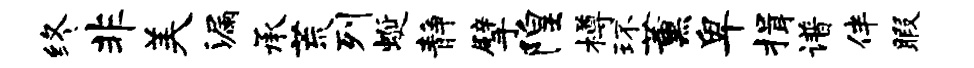
终非美漏承荒列蜒静擘隍樽环薰卑揖谱伴暇